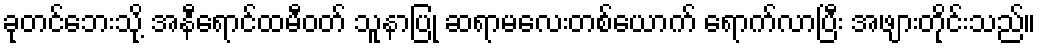
ခုတင်ဘေးသို့ အနီရောင်ထမီဝတ် သူနာပြု ဆရာမလေးတစ်ယောက် ရောက်လာပြီး အဖျားတိုင်းသည်။